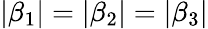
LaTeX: \left|\beta_{1}\right|=\left|\beta_{2}\right|=\left|\beta_{3}\right|